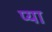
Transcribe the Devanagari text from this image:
प्या